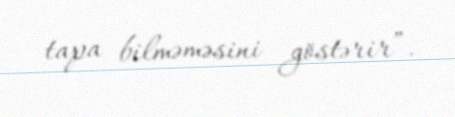
tapa bilməməsini göstərir”.